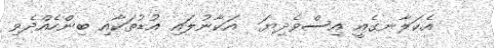
އެކަލާނގެއީ އިސްވެދިޔަ  އަކާނުލައި އުޑުތަކާއި ބިންހެއްދެވި